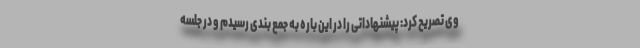
وی تصریح کرد: پیشنهاداتی را در این باره به جمع بندی رسیدم و در جلسه